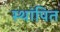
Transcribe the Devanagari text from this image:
स्थांपित